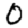
Digit: 0